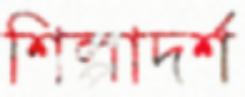
শিল্পাদর্শ